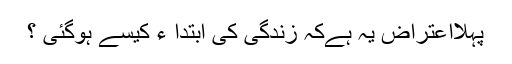
پہلااعتراض یہ ہےکہ زندگی کی ابتدا ء کیسے ہوگئی ؟